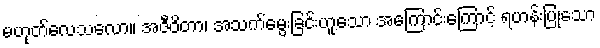
မဟုတ်လေသလော။ အဇီဝိတာ၊ အသက်မွေးခြင်းဟူသော အကြောင်းကြောင့် ရဟန်းပြုသော